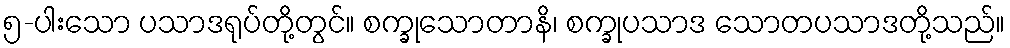
၅-ပါးသော ပသာဒရုပ်တို့တွင်။ စက္ခုသောတာနိ၊ စက္ခုပသာဒ သောတပသာဒတို့သည်။